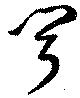
聞